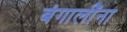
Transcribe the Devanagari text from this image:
बंगालींना